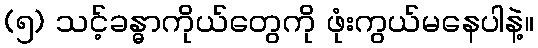
(၅) သင့်ခန္ဓာကိုယ်တွေကို ဖုံးကွယ်မနေပါနဲ့။